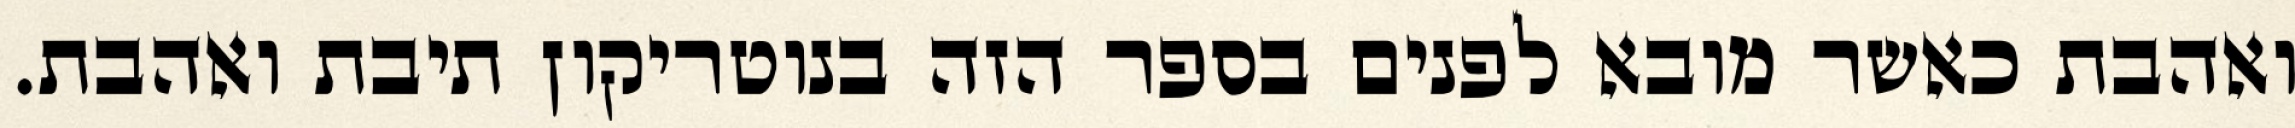
ואהבת כאשר מובא לפנים בספר הזה בנוטריקון תיבת ואהבת.